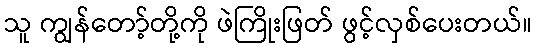
သူ ကျွန်တော့်တို့ကို ဖဲကြိုးဖြတ် ဖွင့်လှစ်ပေးတယ်။